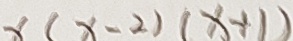
\times ( x - 2 ) ( x + 1 )